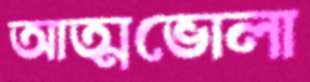
আত্মভোলা